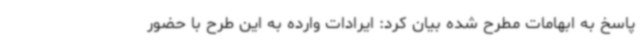
پاسخ به ابهامات مطرح شده بیان کرد: ایرادات وارده به این طرح با حضور